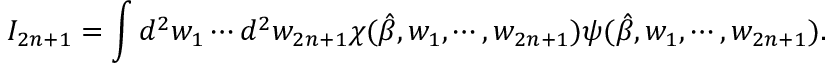
I _ { 2 n + 1 } = \int d ^ { 2 } w _ { 1 } \cdots d ^ { 2 } w _ { 2 n + 1 } \chi ( \hat { \beta } , w _ { 1 } , \cdots , w _ { 2 n + 1 } ) \psi ( \hat { \beta } , w _ { 1 } , \cdots , w _ { 2 n + 1 } ) .